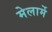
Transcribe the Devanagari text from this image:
मेलार्मे